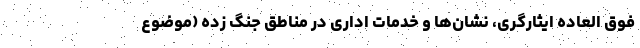
فوق العاده ایثارگری، نشان‌ها و خدمات اداری در مناطق جنگ زده (موضوع